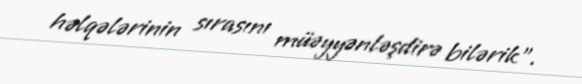
həlqələrinin sırasını müəyyənləşdirə bilərik”.